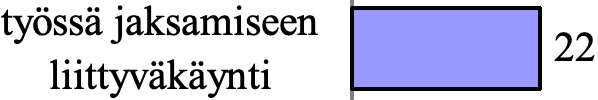
työssä jaksamiseen 22 liittyväkäynti